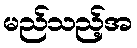
မည်သည့်အ